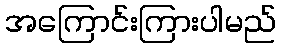
အကြောင်းကြားပါမည်